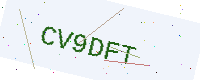
Text: CV9DFT